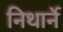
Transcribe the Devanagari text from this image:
निथार्ने